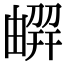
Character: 𠟳